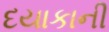
દયાકાની